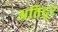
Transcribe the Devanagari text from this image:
अतिदूर